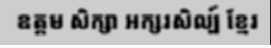
ឧត្តម សិក្សា អក្សរសិល្ប៍ ខ្មែរ